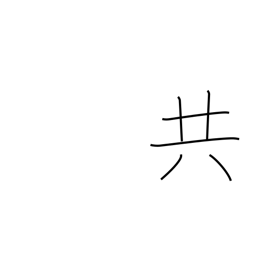
Meaning: all